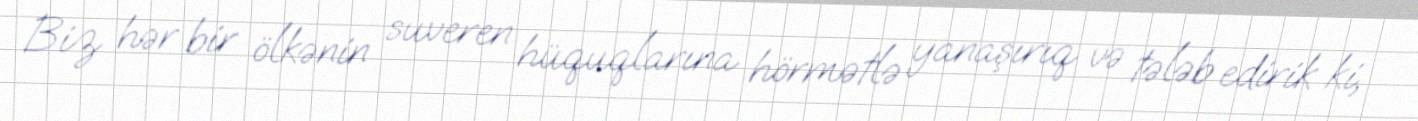
Biz hər bir ölkənin suveren hüquqlarına hörmətlə yanaşırıq və tələb edirik ki,